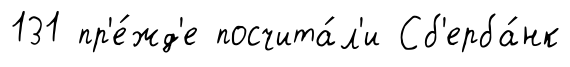
131 пр'е́жд'е посчита́л'и Сб'ерба́нк